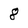
Character: 8